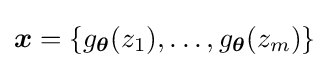
{\boldsymbol {x}}=\{g_{\boldsymbol {\theta }}(z_{1}),\ldots ,g_{\boldsymbol {\theta }}(z_{m})\}